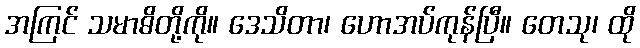
အကြင် သမာဓိတို့ကို။ ဒေသိတာ၊ ဟောအပ်ကုန်ပြီ။ တေသု၊ ထို